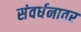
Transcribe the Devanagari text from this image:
संवर्धनावर